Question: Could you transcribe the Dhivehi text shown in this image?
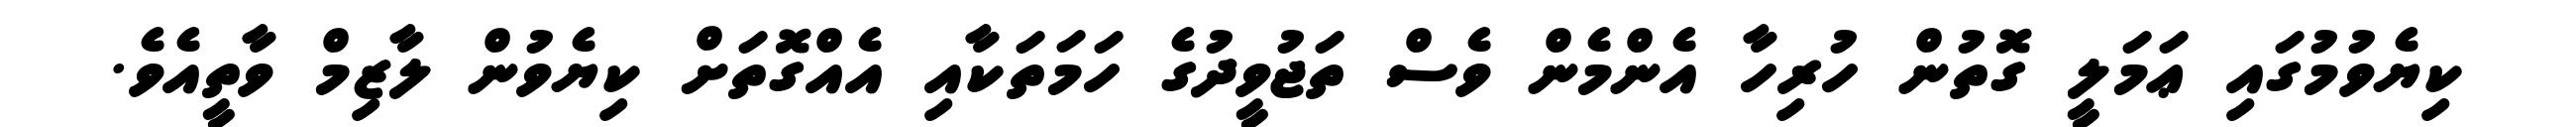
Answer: ކިޔެވުމުގައި ޢަމަލީ ގޮތުން ހުރިހާ އެންމެން ވެސް ތަޖުވީދުގެ ހަމަތަކާއި އެއްގޮތަށް ކިޔެވުން ލާޒިމް ވާތީއެވެ.